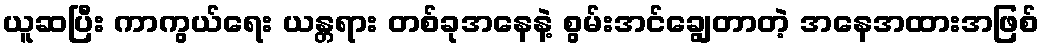
ယူဆပြီး ကာကွယ်ရေး ယန္တရား တစ်ခုအနေနဲ့ စွမ်းအင်ချွေတာတဲ့ အနေအထားအဖြစ်